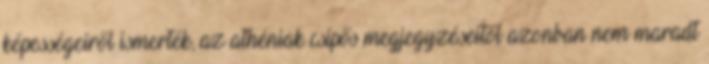
képességeiről ismerték, az athéniak csípős megjegyzéseitől azonban nem maradt